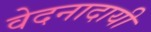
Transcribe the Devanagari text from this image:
वेदनादायी